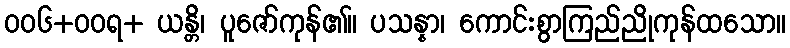
၀၀၆+ဝဝရ+ ယန္တိ၊ ပူဇော်ကုန်၏။ ပသန္နာ၊ ကောင်းစွာကြည်ညိုကုန်ထသော။